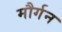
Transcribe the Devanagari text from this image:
मौर्गन